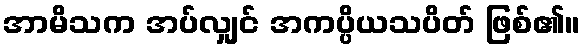
အာမိသက အပ်လျှင် အကပ္ပိယသပိတ် ဖြစ်၏။